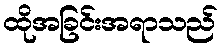
ထိုအခြင်းအရာသည်